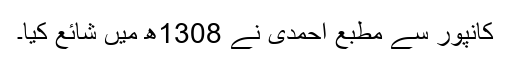
کانپور سے مطبع احمدی نے 1308ھ میں شائع کیا۔